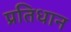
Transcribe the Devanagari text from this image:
प्रतिधान